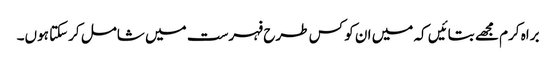
براہ کرم مجھے بتائیں کہ میں ان کو کس طرح فہرست میں شامل کرسکتا ہوں۔